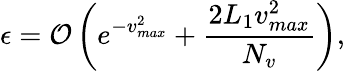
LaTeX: \epsilon=\mathcal{O}\left(e^{-v_{max}^{2}}+\frac{2L_{1}v_{max}^{2}}{N_{v}}\right),